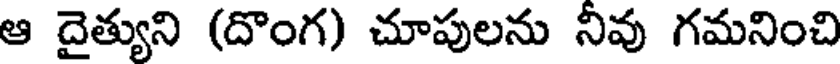
ఆ దైత్యుని (దొంగ) చూపులను నీవు గమనించి